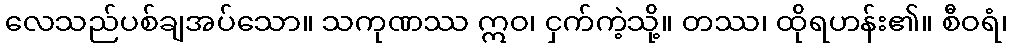
လေသည်ပစ်ချအပ်သော။ သကုဏဿ ဣဝ၊ ငှက်ကဲ့သို့။ တဿ၊ ထိုရဟန်း၏။ စီဝရံ၊